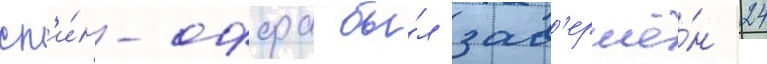
сп'и́н-оффа бы́л зав'ершё́н 24